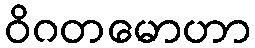
ဝိဂတမောဟာ